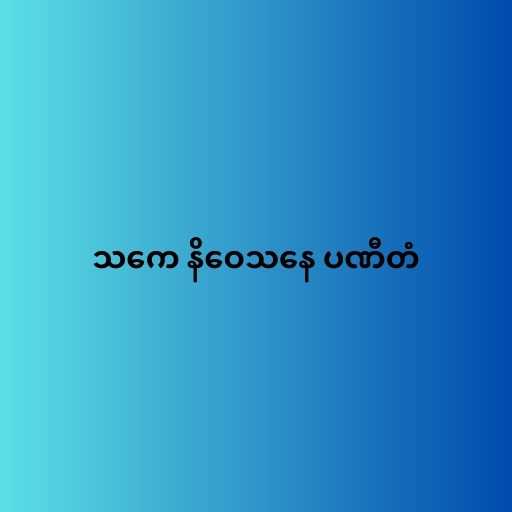
သကေ နိဝေသနေ ပဏီတံ